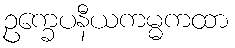
ဥက္ခေပနီယကမ္မကထာ